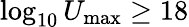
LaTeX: \log_{10}U_{\mathrm{max}}\ge 18